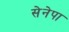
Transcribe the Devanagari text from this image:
सेनेपा